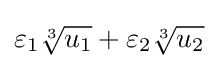
\varepsilon _{1}{\sqrt[{3}]{u_{1}}}+\varepsilon _{2}{\sqrt[{3}]{u_{2}}}